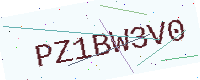
Text: PZ1BW3V0